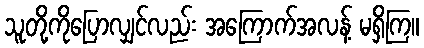
သူတို့ကိုပြောလျှင်လည်း အကြောက်အလန့် မရှိကြ။